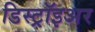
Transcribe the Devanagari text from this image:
डिस्ट्रॉइअर